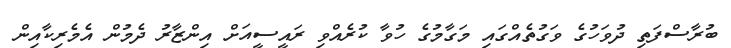
ބުރާސްފަތި ދުވަހުގެ ވަގުތެއްގައި މަގާމުގެ ހުވާ ކުރެއްވި ރައީސީއަށް އިންޒާރު ދެމުން އެމެރިކާއިން